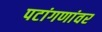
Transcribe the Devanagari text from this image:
पटांगणांवर